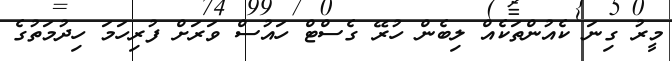
މީރު ގިނަ ކެއުންތަކެއް ލިބެން ހުރޭ ގެސްޓް ހައުސް ވަރަށް ފުރިހަމަ ހިދުމަތުގެ